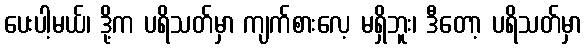
ပေးပါ့မယ်၊ ဒို့က ပရိသတ်မှာ ကျက်စားလေ့ မရှိဘူး၊ ဒီတော့ ပရိသတ်မှာ